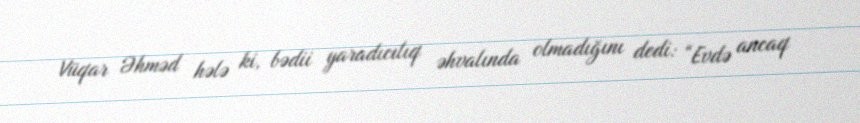
Vüqar Əhməd hələ ki, bədii yaradıcılıq əhvalında olmadığını dedi: “Evdə ancaq